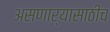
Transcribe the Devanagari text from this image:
असणार्‍यासाठीच